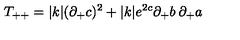
T _ { + + } = | k | ( \partial _ { + } c ) ^ { 2 } + | k | e ^ { 2 c } \partial _ { + } b \: \partial _ { + } a